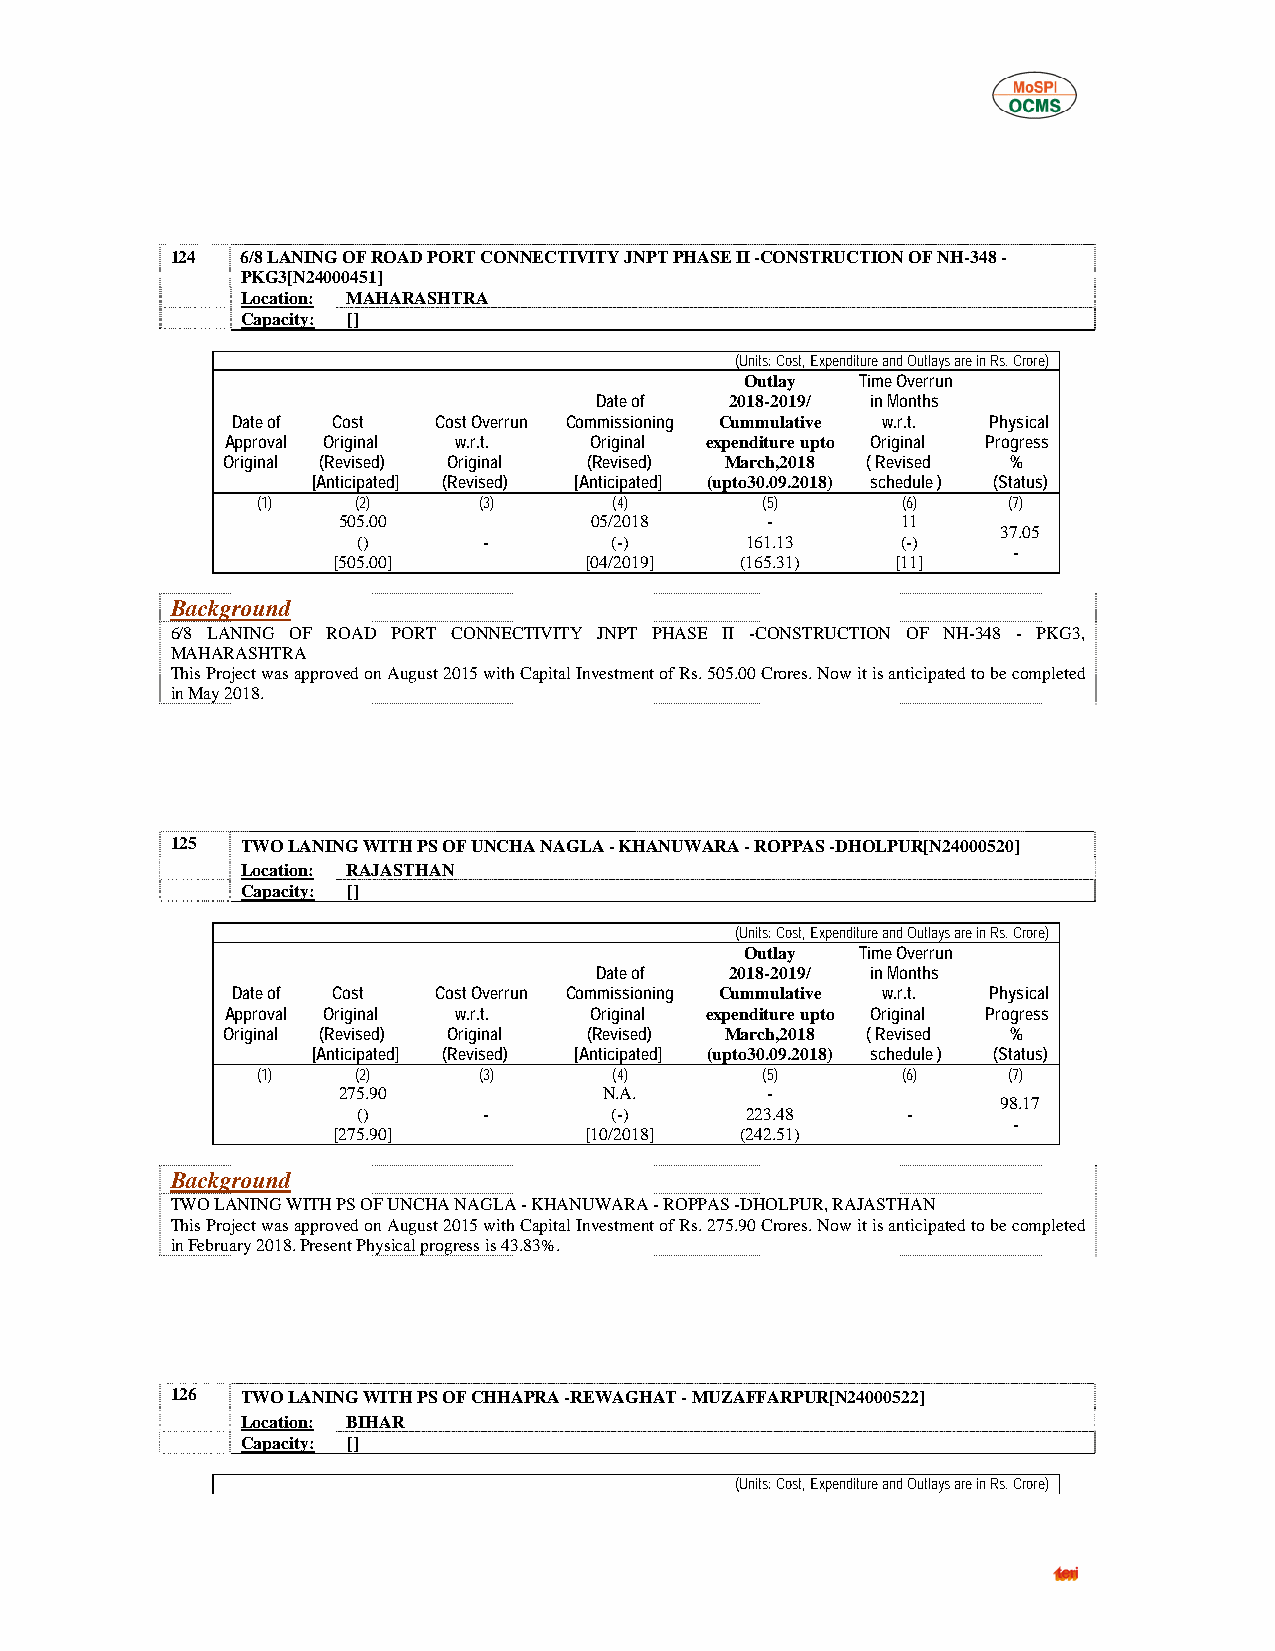
124  6/8 LANING OF ROAD PORT CONNECTIVITY JNPT PHASE II -CONSTRUCTION OF NH-348 -
 PKG3[N24000451]
 Location: MAHARASHTRA
 Capacity: []
 (Units: Cost, Expenditure and Outlays are in Rs. Crore)
 Outlay  Time Overrun
 Date of  2018-2019/ in Months
 Date of Cost  Cost Overrun Commissioning Cummulative w.r.t. Physical
 Approval Original w.r.t. Original expenditure upto Original Progress
 Original (Revised) Original (Revised) March,2018 ( Revised %
 [Anticipated] (Revised) [Anticipated] (upto30.09.2018) schedule ) (Status)
 (1)    (2)     (3)      (4)      (5)       (6)    (7)
 505.00           05/2018     -        11
 37.05
 ()      -       (-)      161.13     (-)
 -
 [505.00]         [04/2019] (165.31)  [11]
 Background
 6/8 LANING OF ROAD PORT CONNECTIVITY JNPT PHASE II -CONSTRUCTION OF NH-348 - PKG3,
 MAHARASHTRA
 This Project was approved on August 2015 with Capital Investment of Rs. 505.00 Crores. Now it is anticipated to be completed
 in May 2018.
 125  TWO LANING WITH PS OF UNCHA NAGLA - KHANUWARA - ROPPAS -DHOLPUR[N24000520]
 Location: RAJASTHAN
 Capacity: []
 (Units: Cost, Expenditure and Outlays are in Rs. Crore)
 Outlay  Time Overrun
 Date of  2018-2019/ in Months
 Date of Cost  Cost Overrun Commissioning Cummulative w.r.t. Physical
 Approval Original w.r.t. Original expenditure upto Original Progress
 Original (Revised) Original (Revised) March,2018 ( Revised %
 [Anticipated] (Revised) [Anticipated] (upto30.09.2018) schedule ) (Status)
 (1)    (2)     (3)      (4)      (5)       (6)    (7)
 275.90            N.A.       -
 98.17
 ()      -       (-)      223.48     -
 -
 [275.90]         [10/2018] (242.51)
 Background
 TWO LANING WITH PS OF UNCHA NAGLA - KHANUWARA - ROPPAS -DHOLPUR, RAJASTHAN
 This Project was approved on August 2015 with Capital Investment of Rs. 275.90 Crores. Now it is anticipated to be completed
 in February 2018. Present Physical progress is 43.83%.
 126  TWO LANING WITH PS OF CHHAPRA -REWAGHAT - MUZAFFARPUR[N24000522]
 Location: BIHAR
 Capacity: []
 (Units: Cost, Expenditure and Outlays are in Rs. Crore)